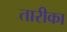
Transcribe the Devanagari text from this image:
तारीका